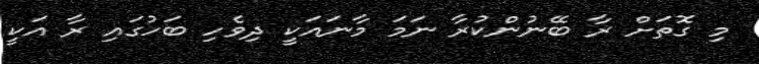
މި ގޮތަށް ރާ ބޭނުންކުރާ ނަމަ މާނައަކީ ދިވެހި ބަހުގައި ރާ އަކީ